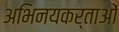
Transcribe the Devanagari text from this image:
अभिनयकर्ताओं